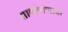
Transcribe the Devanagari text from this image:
सावधपणाचा